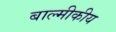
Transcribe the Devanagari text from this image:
बाल्मीकीय